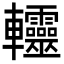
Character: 䡿